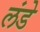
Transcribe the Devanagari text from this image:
लंडे